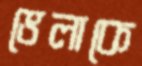
ভেলাকে